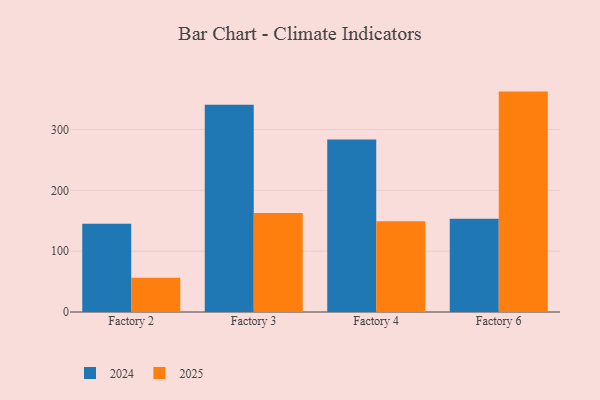
{"axis": {"x": "Factory", "y": "Bounce Rate (%)"}, "legend": ["2024", "2025"], "data": [{"x": "Factory 2", "y": 145.0, "type": "2024"}, {"x": "Factory 2", "y": 56.2, "type": "2025"}, {"x": "Factory 3", "y": 340.5, "type": "2024"}, {"x": "Factory 3", "y": 162.6, "type": "2025"}, {"x": "Factory 4", "y": 283.6, "type": "2024"}, {"x": "Factory 4", "y": 149.1, "type": "2025"}, {"x": "Factory 6", "y": 153.4, "type": "2024"}, {"x": "Factory 6", "y": 362.3, "type": "2025"}]}